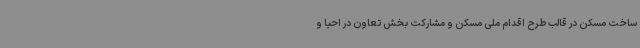
ساخت مسکن در قالب طرح اقدام ملی مسکن و مشارکت بخش تعاون در احیا و